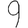
Digit: 9